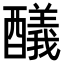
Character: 𨣞